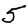
Digit: 5